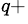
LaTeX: ^{q+}